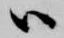
ハ